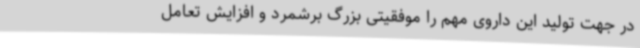
در جهت تولید این داروی مهم را موفقیتی بزرگ برشمرد و افزایش تعامل